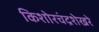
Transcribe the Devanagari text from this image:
किशोरचंद्रशेखरे